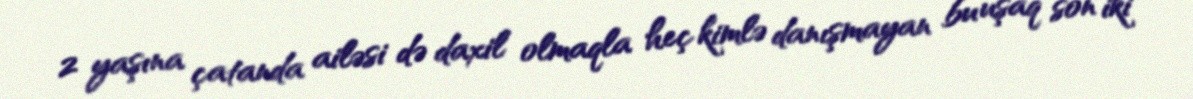
2 yaşına çatanda ailəsi də daxil olmaqla heç kimlə danışmayan bu uşaq son iki